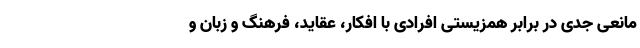
مانعی جدی در برابر همزیستی افرادی با افکار، عقاید، فرهنگ و زبان و